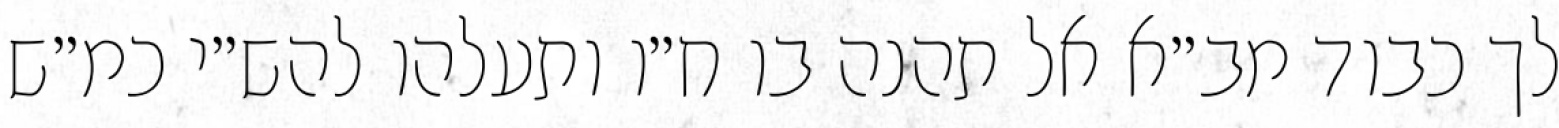
לך כבוד מב״א אל תהנה בו ח״ו ותעלהו להש״י כמ״ש